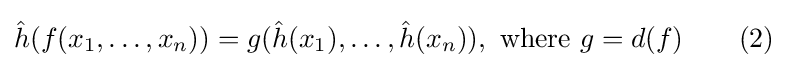
{\hat {h}}(f(x_{1},\ldots ,x_{n}))=g({\hat {h}}(x_{1}),\ldots ,{\hat {h}}(x_{n})),{\text{ where }}g=d(f)\qquad (2)